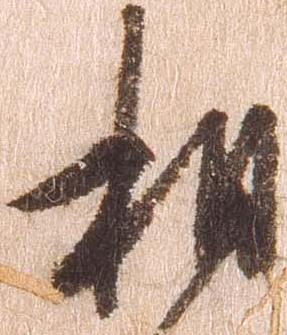
相